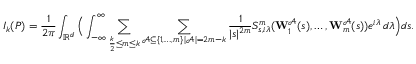
I _ { k } ( P ) = \frac { 1 } { 2 \pi } \int _ { \mathbb R ^ { d } } \Big ( \int _ { - \infty } ^ { \infty } \sum _ { \frac { k } { 2 } \leq m \leq k } \sum _ { \substack { \mathscr { A } \subseteq \{ 1 , \ldots , m \} \, | \mathscr { A } | = 2 m - k } } \frac { 1 } { | s | ^ { 2 m } } S _ { s , i \lambda } ^ { m } ( \mathbf { W } _ { 1 } ^ { \mathscr { A } } ( s ) , \ldots , \mathbf { W } _ { m } ^ { \mathscr { A } } ( s ) ) e ^ { i \lambda } \, d \lambda \Big ) d s .